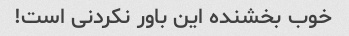
خوب بخشنده این باور نکردنی است!